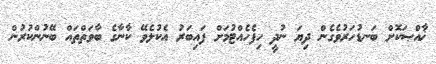
ޚާއްޞަކޮށް ބަނޑުހަރުވެގެން ދިޔަ ނުދީ ހިފެހެއްޓުމަށް ފައިބަރު އެކުލެވޭ ކާނާގެ ބާވަތްތައް ބޭނުންކުރުން